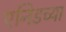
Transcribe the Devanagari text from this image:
एनिडच्या